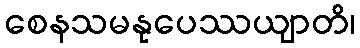
စေနသမနုပေဿယျာတိ၊